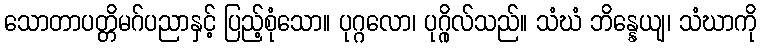
သောတာပတ္တိမဂ်ပညာနှင့် ပြည့်စုံသော။ ပုဂ္ဂလော၊ ပုဂ္ဂိုလ်သည်။ သံဃံ ဘိန္နေယျ၊ သံဃာကို